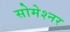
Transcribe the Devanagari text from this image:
सोमेश्नर